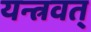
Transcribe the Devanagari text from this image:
यन्त्रवत्